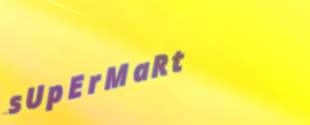
sUpErMaRt